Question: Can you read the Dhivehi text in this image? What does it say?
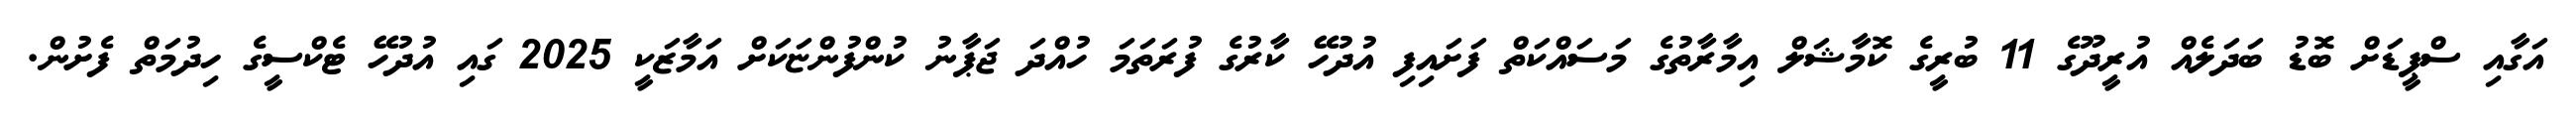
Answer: އަގާއި ސްޕީޑަށް ބޮޑު ބަދަލެއް އުރީދޫގެ 11 ބުރީގެ ކޮމާޝަލް އިމާރާތުގެ މަސައްކަތް ފަށައިފި އުދުހޭ ކާރުގެ ފުރަތަމަ ހުއްދަ ޖަޕާނު ކުންފުންޏަކަށް އަމާޒަކީ 2025 ގައި އުދުހޭ ޓެކްސީގެ ހިދުމަތް ފެށުން.